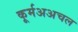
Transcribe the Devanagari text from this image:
कूर्मअअचल